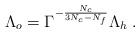
LaTeX: \begin{align*}\Lambda_o=\Gamma^{-{N_c\over 3N_c-N_f}}\Lambda_h\;.\end{align*}